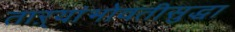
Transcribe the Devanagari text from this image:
ताऱ्यांभोवतीसुद्धा